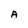
Character: A